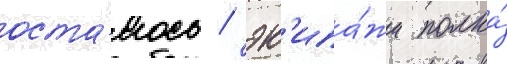
оста́лось / эк'ипа́жи полка́